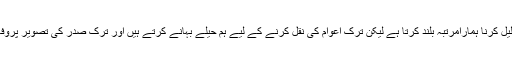
گوروں کے پہناوے کی نقل کرکے انکی اترن پہن کے نفس کوذلیل کرنا ہمارامرتبہ بلند کرتا ہے لیکن ترک اعوام کی نقل کرنے کے لیے ہم حیلے بہانے کرتے ہیں اور ترک صدر کی تصویر پروفائل پر لگا کر خود کو بہادر اور با ضمیر ثابت کرنا چاہتے ہیں ۔